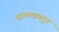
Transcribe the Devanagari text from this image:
सामन्यामधून